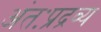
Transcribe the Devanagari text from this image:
अंतःप्रद्रव्य